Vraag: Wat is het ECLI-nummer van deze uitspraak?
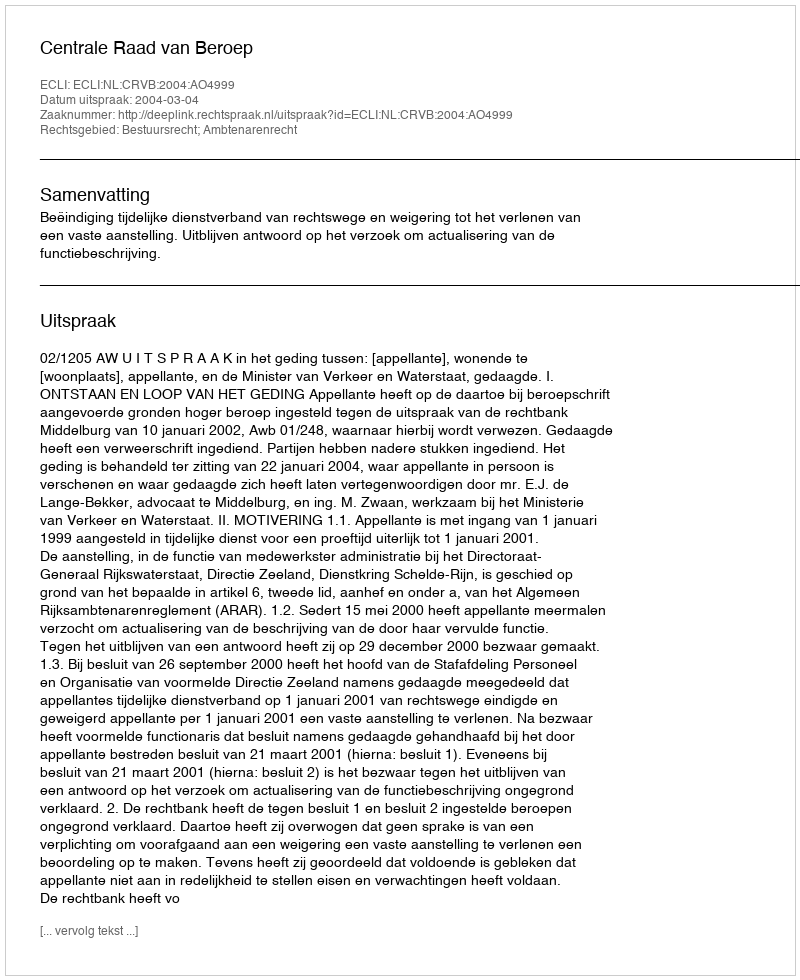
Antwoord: ECLI:NL:CRVB:2004:AO4999